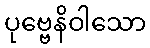
ပုဗ္ဗေနိဝါသော